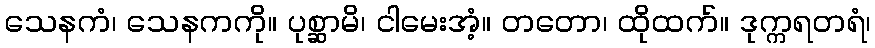
သေနကံ၊ သေနကကို။ ပုစ္ဆာမိ၊ ငါမေးအံ့။ တတော၊ ထိုထက်။ ဒုက္ကရတရံ၊